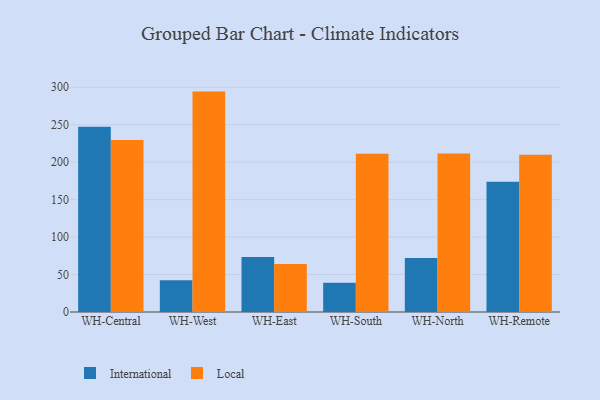
{"axis": {"x": "Warehouse", "y": "Tickets Resolved"}, "legend": ["International", "Local"], "data": [{"x": "WH-Central", "y": 247.3, "type": "International"}, {"x": "WH-Central", "y": 229.7, "type": "Local"}, {"x": "WH-West", "y": 42.5, "type": "International"}, {"x": "WH-West", "y": 294.2, "type": "Local"}, {"x": "WH-East", "y": 73.3, "type": "International"}, {"x": "WH-East", "y": 64.0, "type": "Local"}, {"x": "WH-South", "y": 39.0, "type": "International"}, {"x": "WH-South", "y": 211.1, "type": "Local"}, {"x": "WH-North", "y": 72.0, "type": "International"}, {"x": "WH-North", "y": 211.5, "type": "Local"}, {"x": "WH-Remote", "y": 173.8, "type": "International"}, {"x": "WH-Remote", "y": 209.8, "type": "Local"}]}